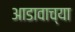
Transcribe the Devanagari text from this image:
आडावाच्या